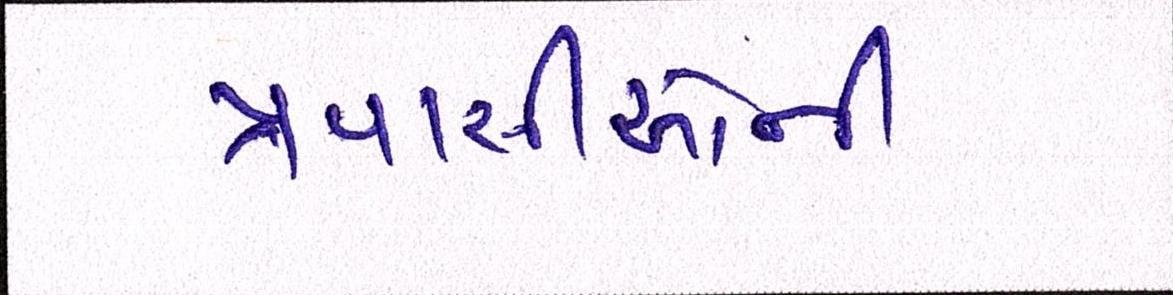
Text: પ્રવાસીઓની